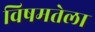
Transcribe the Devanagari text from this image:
विषमतेला